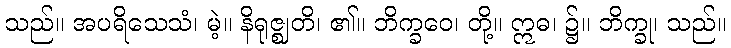
သည်။ အပရိသေသံ၊ မဲ့။ နိရုဇ္ဈတိ၊ ၏။ ဘိက္ခဝေ၊ တို့။ ဣဓ၊ ၌။ ဘိက္ခု၊ သည်။